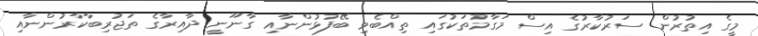
މީގެ އިތުރުން ސަރުކާރުގެ އިސް މަގާމުތަކުގައި ތިއްބެވި ބޭފުޅުންނާއި ގާނޫނީ ދާއިރާގެ ތަޖުރިބާކާރުންނާއި